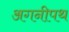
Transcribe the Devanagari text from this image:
अगनीपथ